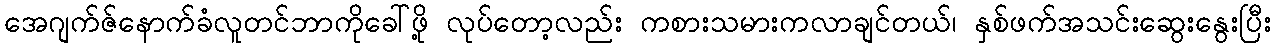
အေဂျက်ဇ်နောက်ခံလူတင်ဘာကိုခေါ်ဖို့ လုပ်တော့လည်း ကစားသမားကလာချင်တယ်၊ နှစ်ဖက်အသင်းဆွေးနွေးပြီး